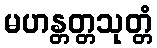
မဟန္တတ္တသုတ္တံ